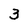
Character: 3